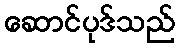
ဆောင်ပုဒ်သည်